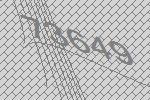
73649